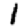
Digit: 1